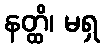
နတ္ထိ၊ မရှ